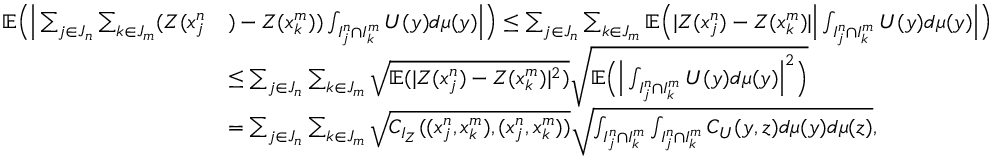
\begin{array} { r l } { \mathbb { E } \Big ( \Big | \sum _ { j \in J _ { n } } \sum _ { k \in J _ { m } } ( Z ( x _ { j } ^ { n } } & { ) - Z ( x _ { k } ^ { m } ) ) \int _ { I _ { j } ^ { n } \cap I _ { k } ^ { m } } U ( y ) d \mu ( y ) \Big | \Big ) \leq \sum _ { j \in J _ { n } } \sum _ { k \in J _ { m } } \mathbb { E } \Big ( | Z ( x _ { j } ^ { n } ) - Z ( x _ { k } ^ { m } ) | \Big | \int _ { I _ { j } ^ { n } \cap I _ { k } ^ { m } } U ( y ) d \mu ( y ) \Big | \Big ) } \\ & { \leq \sum _ { j \in J _ { n } } \sum _ { k \in J _ { m } } \sqrt { \mathbb { E } ( | Z ( x _ { j } ^ { n } ) - Z ( x _ { k } ^ { m } ) | ^ { 2 } ) } \sqrt { \mathbb { E } \Big ( \Big | \int _ { I _ { j } ^ { n } \cap I _ { k } ^ { m } } U ( y ) d \mu ( y ) \Big | ^ { 2 } \Big ) } } \\ & { = \sum _ { j \in J _ { n } } \sum _ { k \in J _ { m } } \sqrt { C _ { I _ { Z } } ( ( x _ { j } ^ { n } , x _ { k } ^ { m } ) , ( x _ { j } ^ { n } , x _ { k } ^ { m } ) ) } \sqrt { \int _ { I _ { j } ^ { n } \cap I _ { k } ^ { m } } \int _ { I _ { j } ^ { n } \cap I _ { k } ^ { m } } C _ { U } ( y , z ) d \mu ( y ) d \mu ( z ) } , } \end{array}